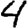
Digit: 4